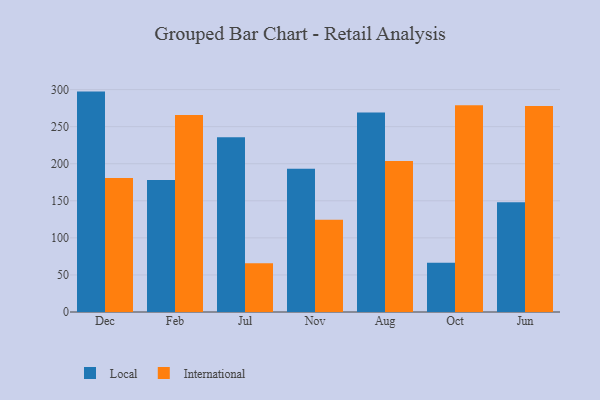
{"axis": {"x": "Month", "y": "Population (Million)"}, "legend": ["International", "Local"], "data": [{"x": "Dec", "y": 297.3, "type": "Local"}, {"x": "Dec", "y": 180.8, "type": "International"}, {"x": "Feb", "y": 178.2, "type": "Local"}, {"x": "Feb", "y": 265.8, "type": "International"}, {"x": "Jul", "y": 235.6, "type": "Local"}, {"x": "Jul", "y": 65.8, "type": "International"}, {"x": "Nov", "y": 193.1, "type": "Local"}, {"x": "Nov", "y": 124.5, "type": "International"}, {"x": "Aug", "y": 269.0, "type": "Local"}, {"x": "Aug", "y": 203.8, "type": "International"}, {"x": "Oct", "y": 66.5, "type": "Local"}, {"x": "Oct", "y": 278.8, "type": "International"}, {"x": "Jun", "y": 148.1, "type": "Local"}, {"x": "Jun", "y": 277.8, "type": "International"}]}